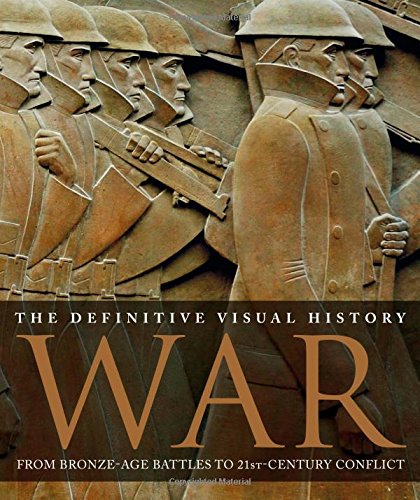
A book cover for War: The Definitive Visual History; DK Publishing; Arts & Photography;